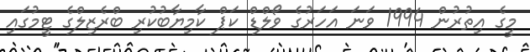
މީގެ އިތުރުން 1994 ވަނަ އަހަރުގެ ވޯލްޑް ކަޕް ކާމިޔާބުކުރި ބްރެޒިލްގެ ޓީމުގައި